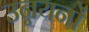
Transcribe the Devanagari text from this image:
उन्नयनों